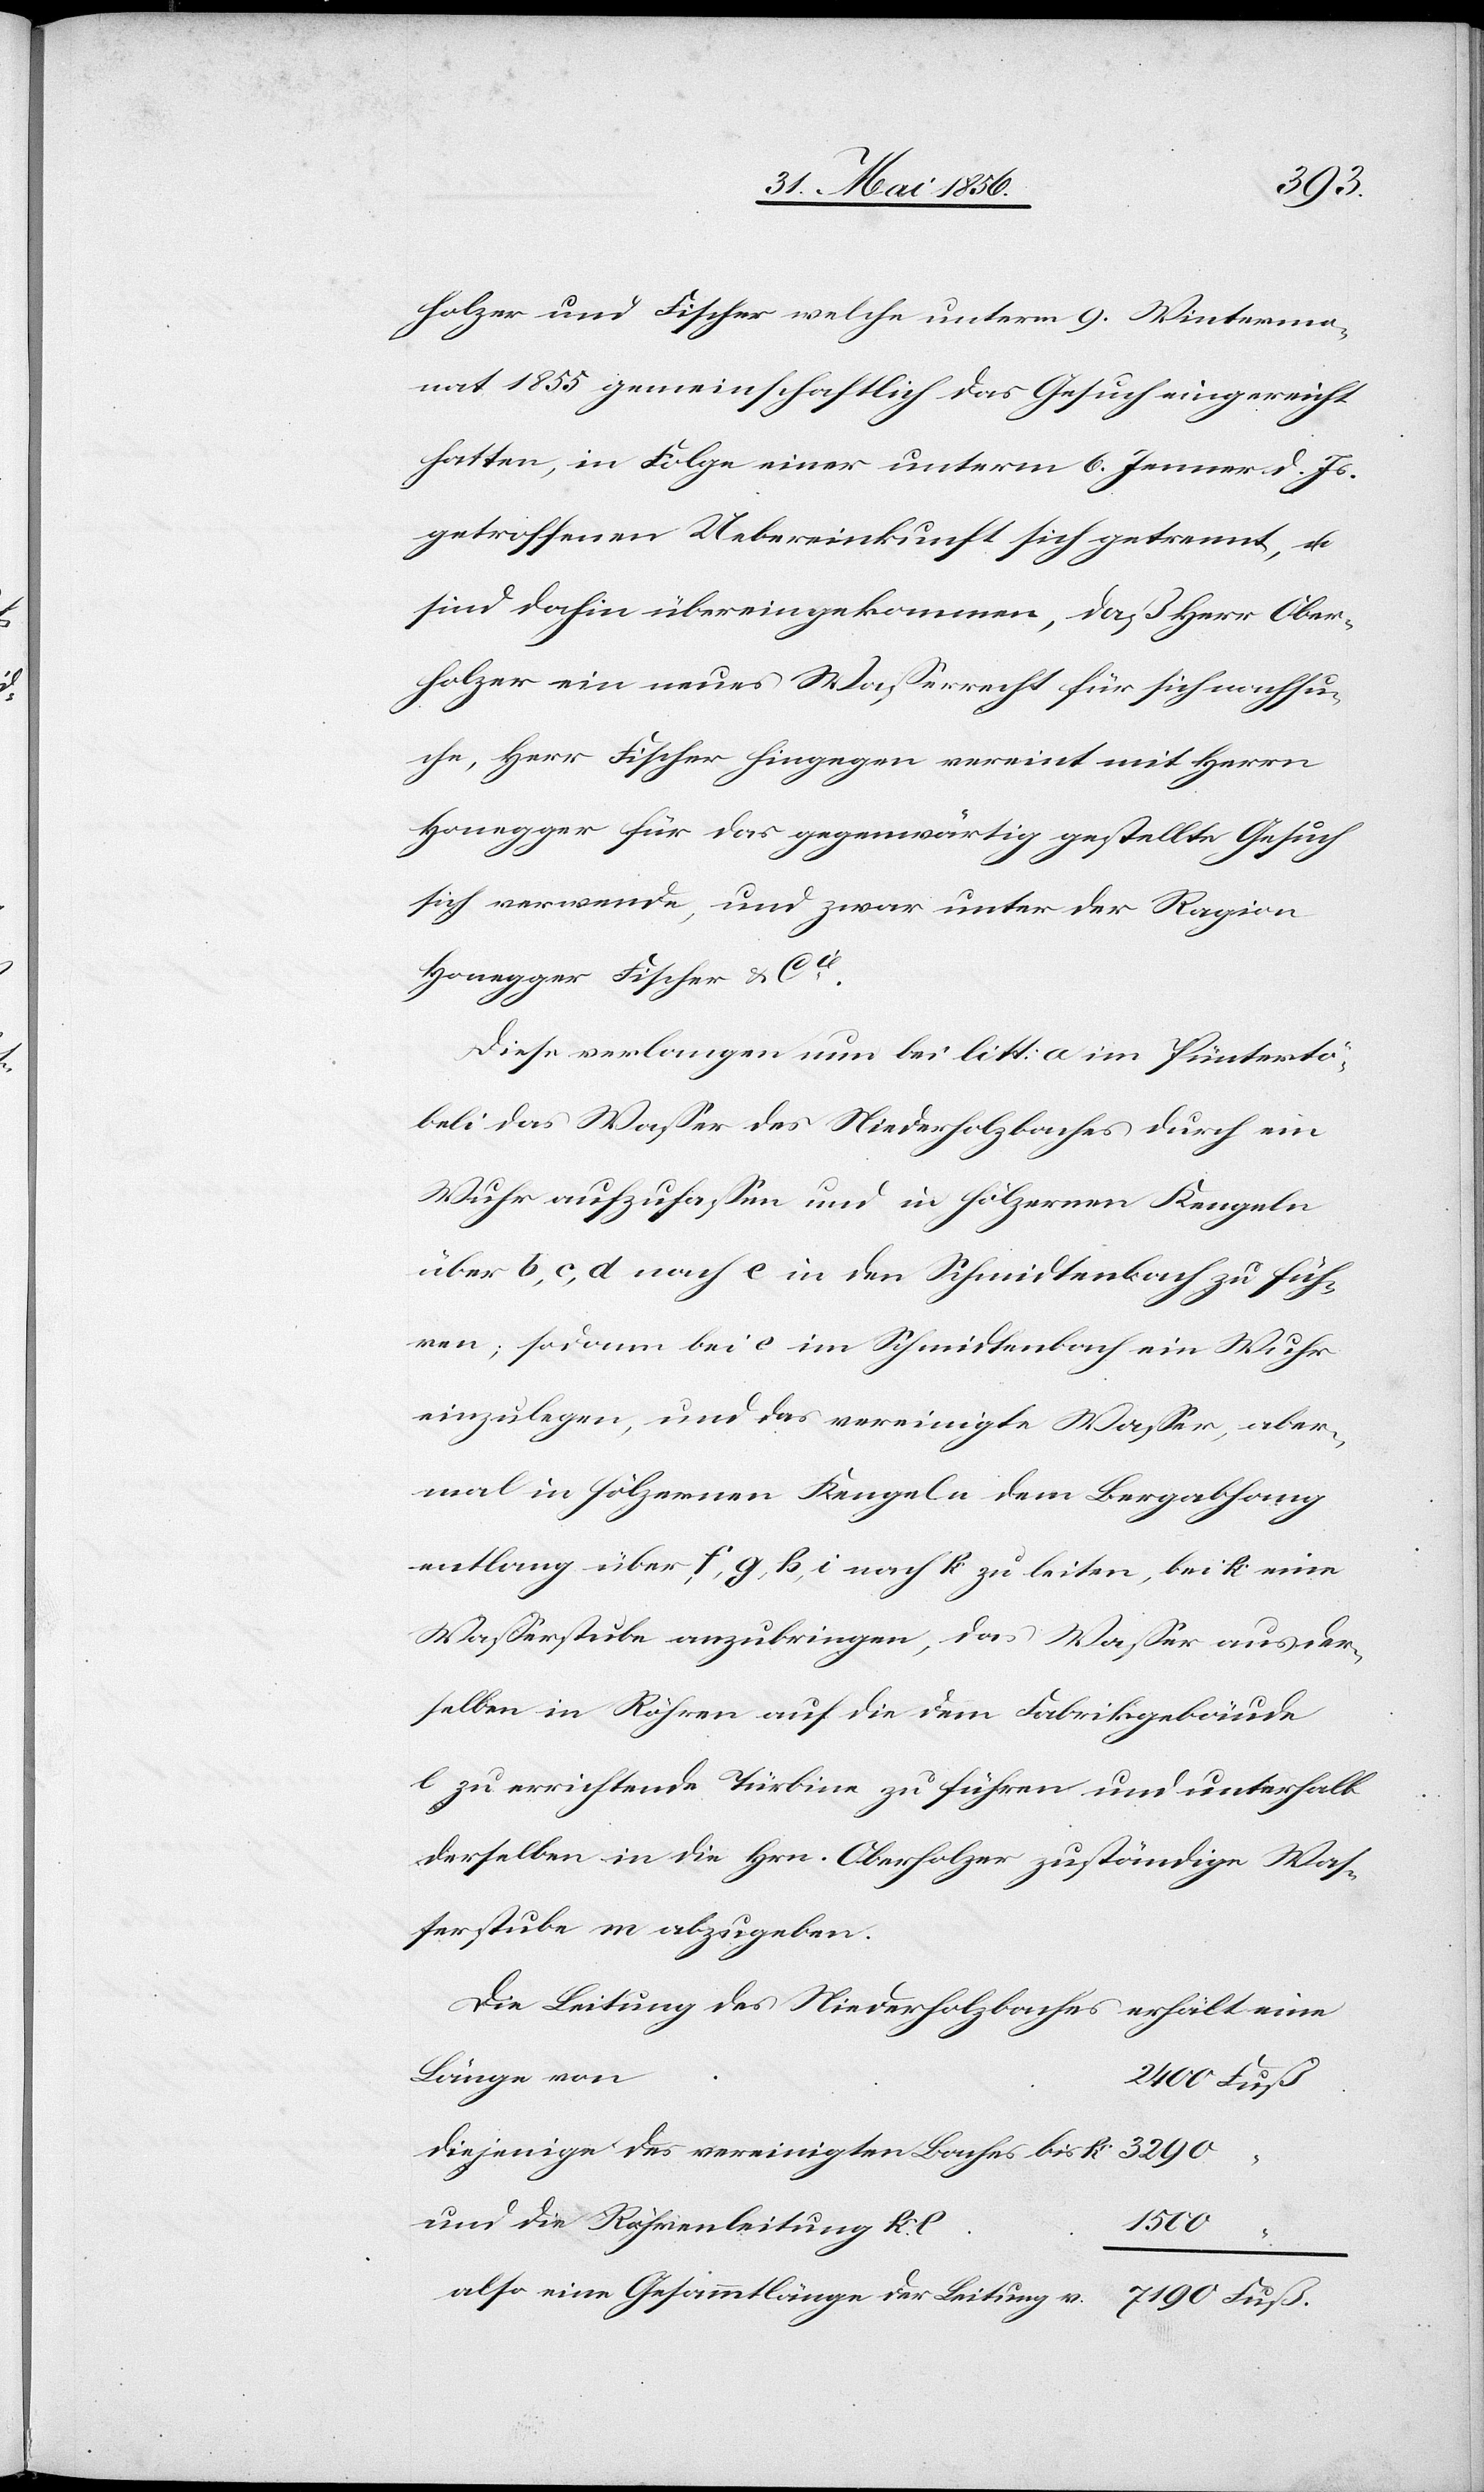
Fuß.
holzer und Fischer welche unterm 9. Wintermo¬
nat 1855 gemeinschaftlich das Gesuch eingereicht
hatten, in Folge einer unterm 6. Jenner d. Js.
getroffenen Uebereinkunft sich getrennt, u.
sind dahin übereingekommen, daß Herr Ober¬
holzer ein neues Wasserrecht für sich nachsuc¬
he, Herr Fischer hingegen vereint mit Herrn
Honegger für das gegenwärtig gestellte Gesuch
sich verwende, und zwar unter der Ragion
Honegger Fischer & Cie.
Diese verlangen nun bei litt: a im Püntertö¬
beli das Wasser des Niederholzbaches durch ein
Wuhr aufzufassen und in hölzernen Kengeln
über b, c, d nach e in den Schmidtenbach zu füh¬
ren; sodann bei e im Schmidtenbach ein Wuhr
einzulegen, und das vereinigte Wasser, aber¬
mal in hölzernen Kengeln dem Bergabhang
entlang über f, g, h, i nach k zu leiten, bei k eine
Wasserstube anzubringen, das Wasser aus der¬
selben in Röhren auf die dem Fabrikgebäude
l zu errichtende Türbine zu führen und unterhalb
derselben in die Hrn. Oberholzer zuständige Was¬
serstube m abzugeben.
Die Leitung des Niederholzbaches erhält eine
Länge von
diejenige des vereinigten Baches bis
und die Röhrenleitung k.
also eine Gesammtlänge der Leitung